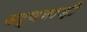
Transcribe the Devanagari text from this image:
वर्णनाड़ी